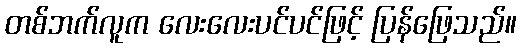
တစ်ဘက်လူက လေးလေးပင်ပင်ဖြင့် ပြန်ဖြေသည်။